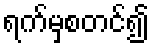
ရက်မှစတင်၍